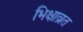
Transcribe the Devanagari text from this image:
भिक्षाव्रत